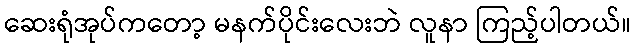
ဆေးရုံအုပ်ကတော့ မနက်ပိုင်းလေးဘဲ လူနာ ကြည့်ပါတယ်။